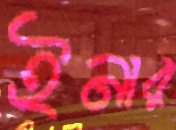
ইনার